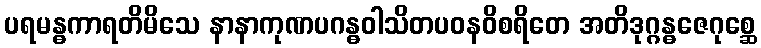
ပရမန္ဓကာရတိမိသေ နာနာကုဏပဂန္ဓဝါသိတပဝနဝိစရိတေ အတိဒုဂ္ဂန္ဓဇေဂုစ္ဆေ